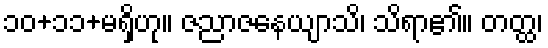
၁၀+၁၁+မရှိဟု။ ဇညာဇနေယျာသိ၊ သိရာ၏။ တတ္ထ၊